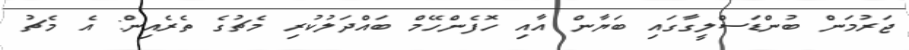
ޖަރުމަން ބުންޑަސްލީގާގައި ބަޔާން އާއި ހޮފެންހޭމް ބައްދަލުކުރި މެޗުގެ ތެރެއިން: އެ މެޗު